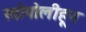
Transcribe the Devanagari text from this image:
खोपोलीहून